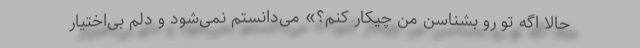
حالا اگه تو رو بشناسن من چیکار کنم؟» می‌دانستم نمی‌شود و دلم بی‌اختیار